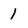
Character: 1